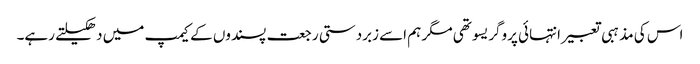
اس کی مذہبی تعبیر انتہائی پروگریسو تھی مگر ہم اسے زبردستی رجعت پسندوں کے کیمپ میں دھکیلتے رہے۔